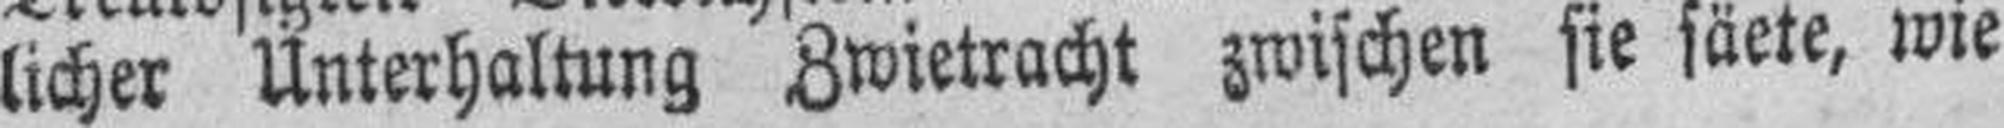
licher Unterhaltung Zwietracht zwischen sie säete, wie